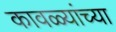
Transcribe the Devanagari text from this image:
कावळ्यांच्या